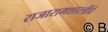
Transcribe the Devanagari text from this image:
राजारामशास्त्रींचे